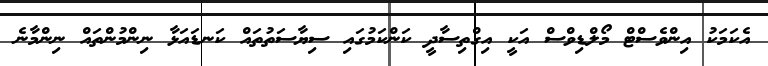
އެކަމަކު އިންވެސްޓް މޯލްޑިވްސް އަކީ އިގްތިސާދީ ކަންކަމުގައި ސިޔާސަތުތައް ކަނޑައަޅާ ނިންމުންތައް ނިންމާނެ